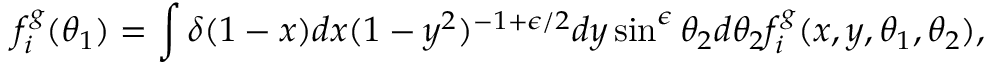
f _ { i } ^ { g } ( \theta _ { 1 } ) = \int \delta ( 1 - x ) d x ( 1 - y ^ { 2 } ) ^ { - 1 + \epsilon / 2 } d y \sin ^ { \epsilon } \theta _ { 2 } d \theta _ { 2 } f _ { i } ^ { g } ( x , y , \theta _ { 1 } , \theta _ { 2 } ) ,